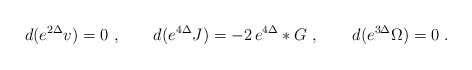
\begin{align*} d(e^{2\Delta} v)=0\ , \qquad d( e^{4 \Delta} J)= -2 \,e^{4 \Delta}* G\ ,\qquad d(e^{3 \Delta} \Omega)=0\ .\end{align*}